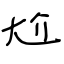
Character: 尬